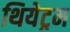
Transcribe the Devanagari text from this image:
थियेट्रम